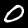
Digit: 0